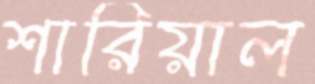
শারিয়াল